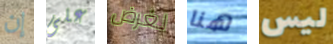
إن على لغرض هنا ليس